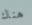
هناك